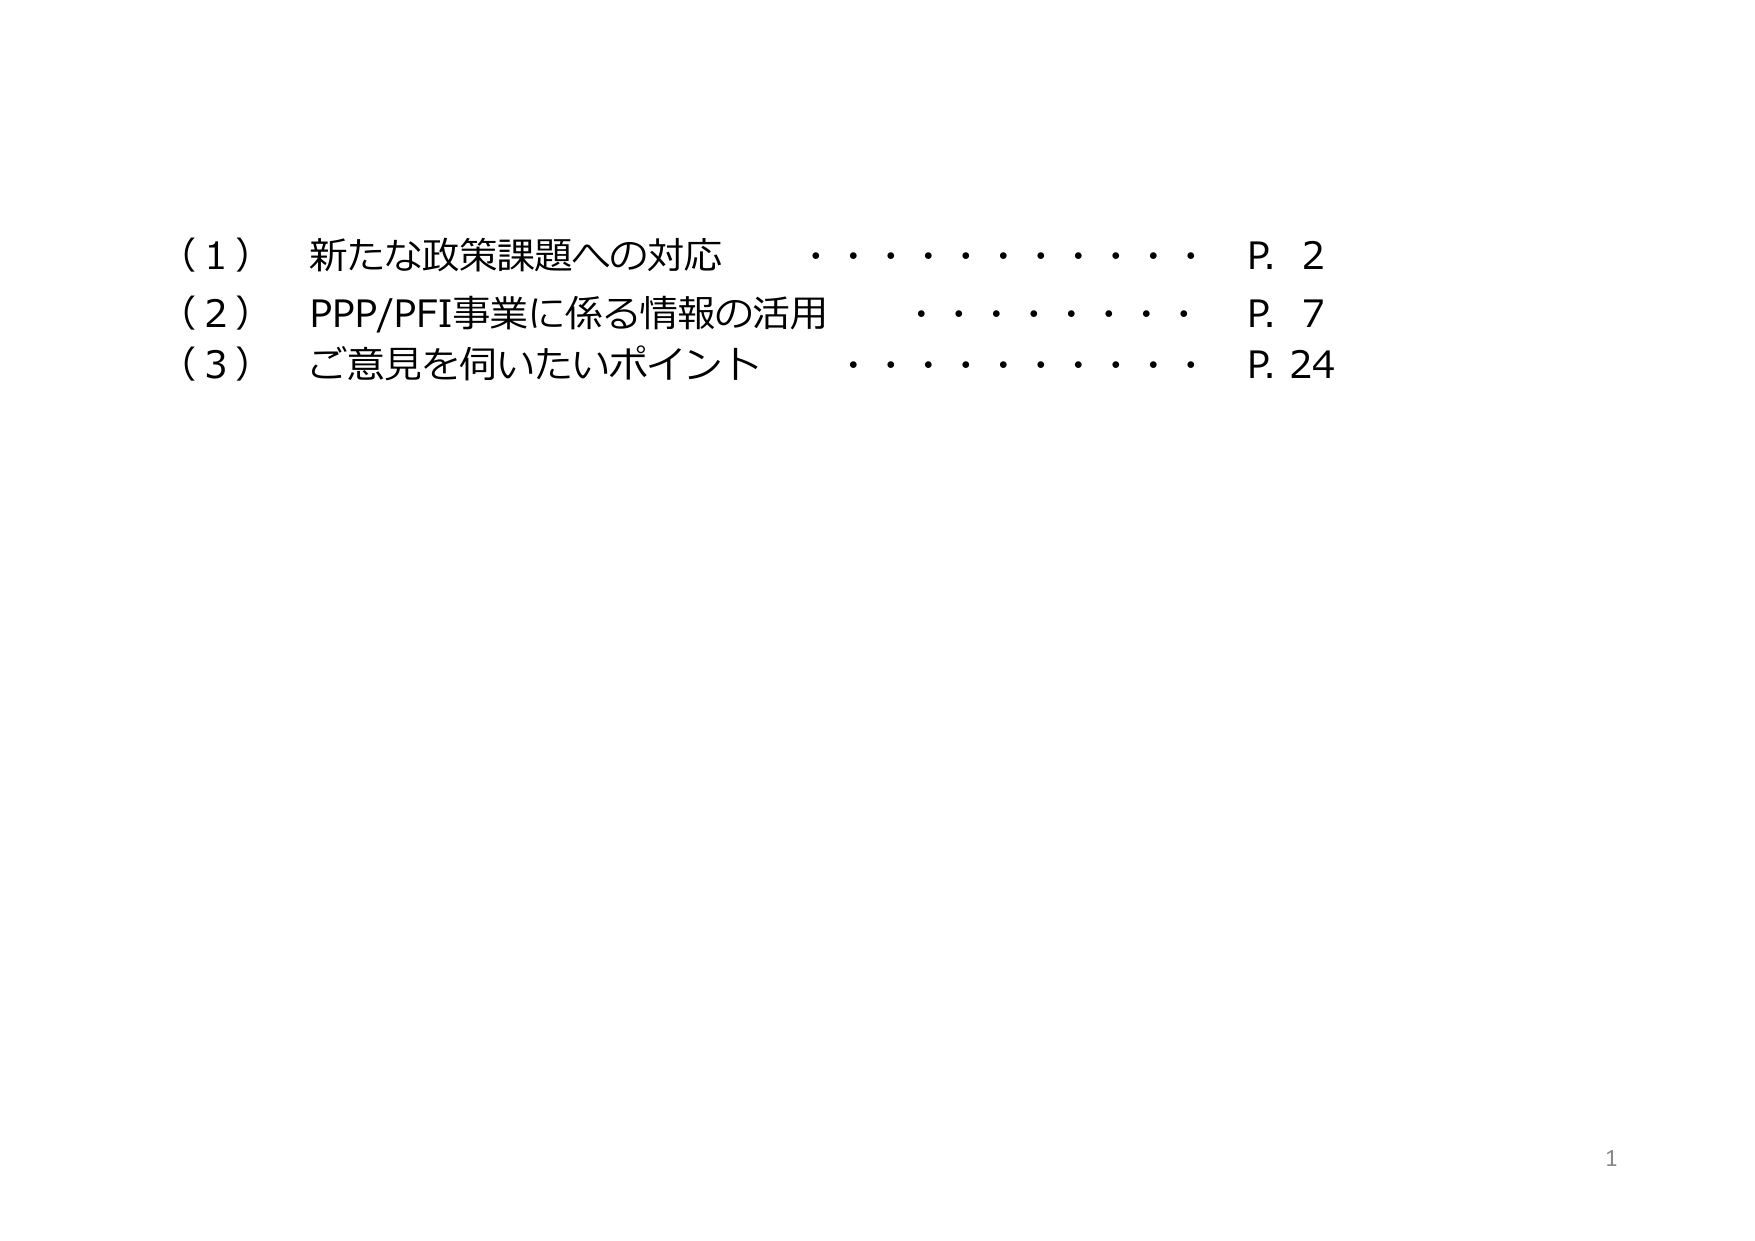
（１） 新たな政策課題への対応 ・・・・・・・・・・ P. 2
（２） PPP/PFI事業に係る情報の活用 ・・・・・・・・ P. 7
（３） ご意見を伺いたいポイント ・・・・・・・・・・ P. 24

1